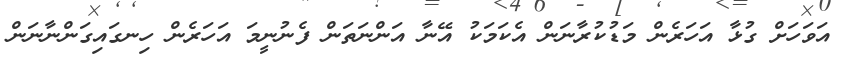
އަވަހަށް ގުޅާ އަހަރެން މަޑުކުރާނަން އެކަމަކު އޭނާ އަންނަތަން ފެނުނީމަ އަހަރެން ހިނގައިގަންނާނަން